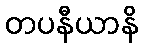
တပနီယာနိ